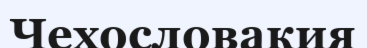
Чехословакия